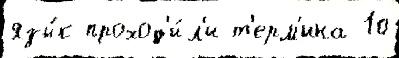
язы́к проход'и́л'и т'ерм'ина 10